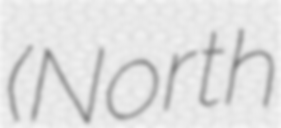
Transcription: (North